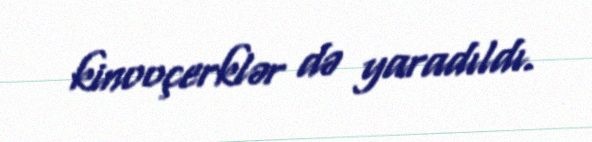
kinooçerklər də yaradıldı.